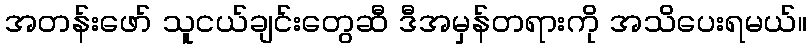
အတန်းဖော် သူငယ်ချင်းတွေဆီ ဒီအမှန်တရားကို အသိပေးရမယ်။